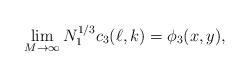
LaTeX: \begin{align*}\lim_{M\to\infty} N_1^{1/3}c_3(\ell,k)=\phi_3(x,y),\end{align*}